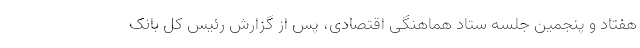
هفتاد و پنجمین جلسه ستاد هماهنگی اقتصادی، پس از گزارش رئیس کل بانک